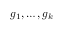
g _ { 1 } , \ldots , g _ { k }